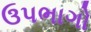
ઉપભાગો